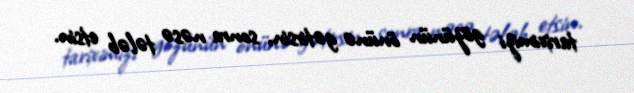
tariximizi gözünün önünə gətirsin, sonra nəsə tələb etsin.